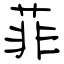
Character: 菲